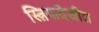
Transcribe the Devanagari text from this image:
स्त्रियादेखील